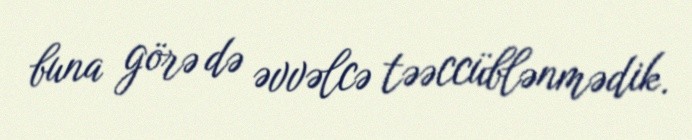
buna görə də əvvəlcə təəccüblənmədik.